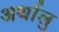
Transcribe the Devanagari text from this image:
अर्थालु